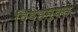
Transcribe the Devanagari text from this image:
विदेहमुक्त